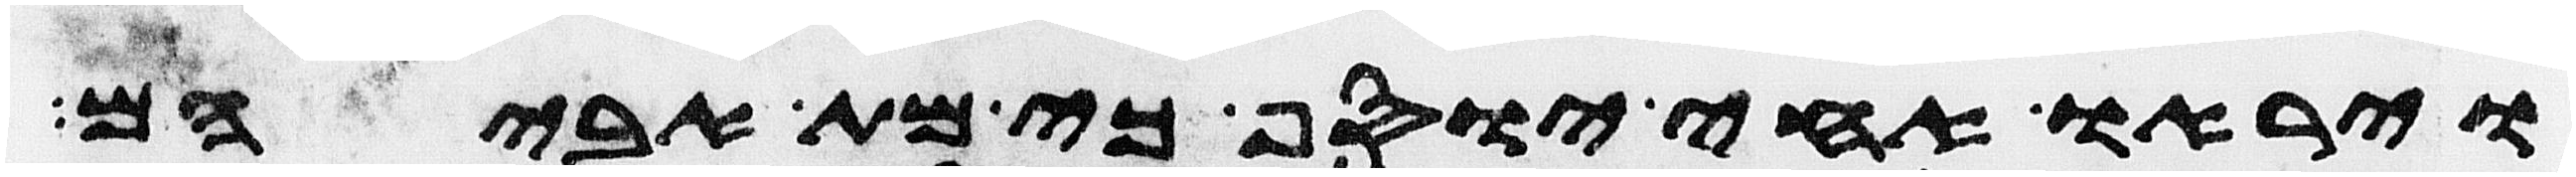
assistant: ויראו אחי יוסף כי מת אביהם